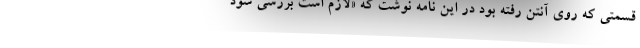
قسمتی که روی آنتن رفته بود در این نامه نوشت که «لازم است بررسی شود